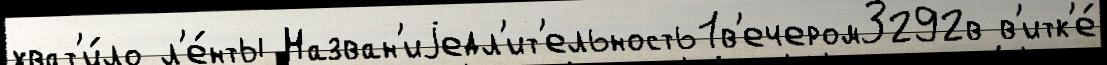
хват'и́ло л'е́нты Назван'иjедл'ит'ельность1в'ечером3292в в'итк'е́